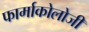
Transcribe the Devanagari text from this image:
फार्माकोलोजी